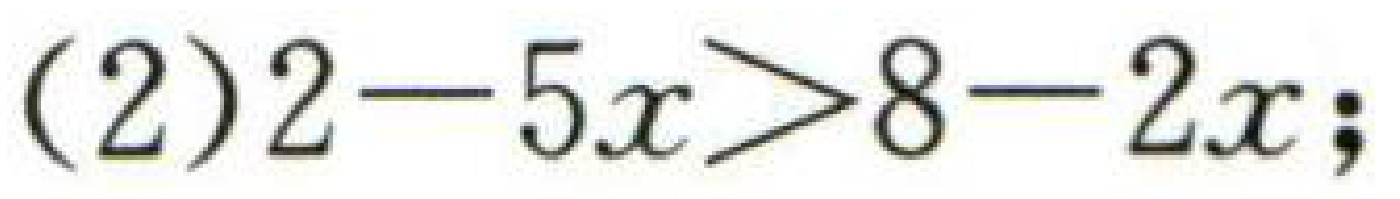
\((2)2 - 5x>8 - 2x;\)